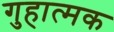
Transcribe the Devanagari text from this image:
गुहात्मक